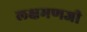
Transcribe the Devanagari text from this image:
लक्षमणजी